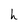
Character: h